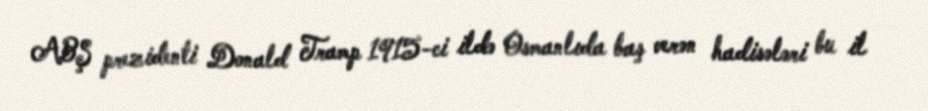
ABŞ prezidenti Donald Tramp 1915-ci ildə Osmanlıda baş verən hadisələri bu il